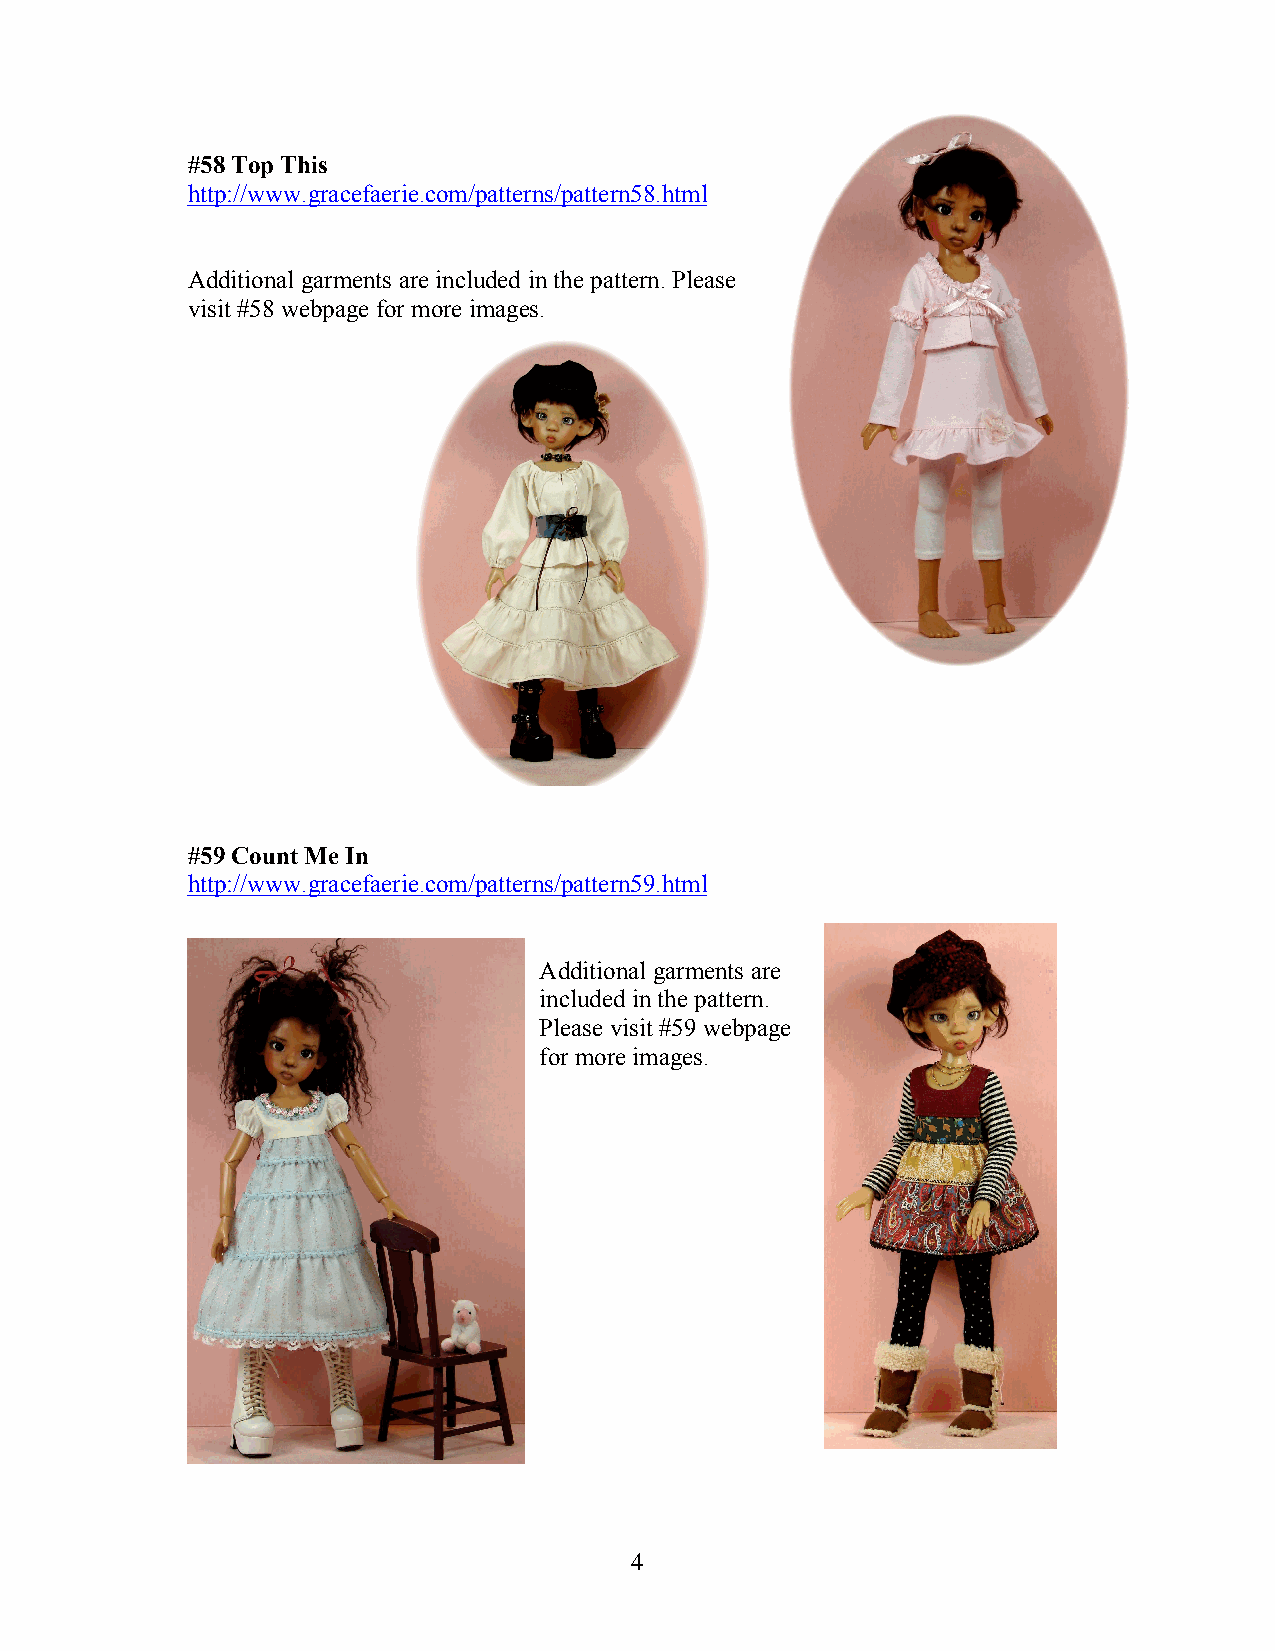
#58 Top This
 http://www.gracefaerie.com/patterns/pattern58.html
 Additional garments are included in the pattern. Please
 visit #58 webpage for more images.
 #59 Count Me In
 http://www.gracefaerie.com/patterns/pattern59.html
 Additional garments are
 included in the pattern.
 Please visit #59 webpage
 for more images.
 4